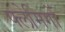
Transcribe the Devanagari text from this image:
फ्लेमिगों